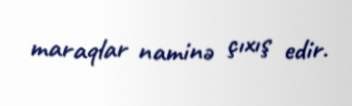
maraqlar naminə çıxış edir.